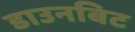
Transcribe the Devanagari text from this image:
डाउनबिट